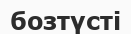
бозтүсті